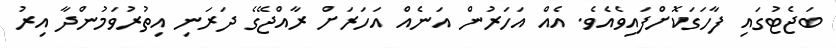
ބަޖެޓުގައި ފާހަގަކޮށްފައިވެއެވެ. އެއް އަހަރުން އަނެއް އަހަރަށް ރާއްޖޭގެ ދަރަނި އިތުރުވަމުންދާ އިރު